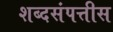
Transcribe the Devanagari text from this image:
शब्दसंपत्तीस